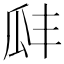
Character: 𤫬